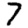
Digit: 7